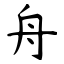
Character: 舟